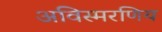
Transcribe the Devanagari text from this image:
अविस्मरणिय